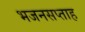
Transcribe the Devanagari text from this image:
भजनसप्ताह